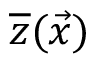
\overline { { z } } ( \vec { x } )